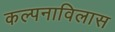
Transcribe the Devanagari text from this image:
कल्पनाविलास